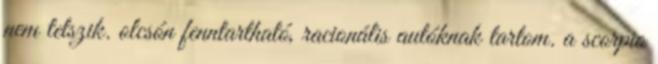
nem tetszik. olcsón fenntartható, racionális autóknak tartom. a scorpio